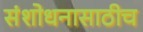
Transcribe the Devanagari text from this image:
संशोधनासाठीच